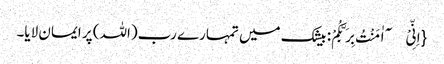
{اِنِّیْۤ اٰمَنْتُ بِرَبِّکُمْ: بیشک میں تمہارے رب(اللہ) پر ایمان لایا۔